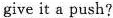
give it a push?